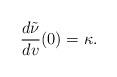
LaTeX: \begin{align*} \frac{d\tilde{\nu}}{dv}(0)=\kappa.\end{align*}